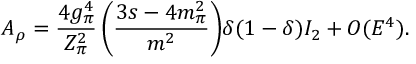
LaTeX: A _ { \rho } = \frac { 4 g _ { \pi } ^ { 4 } } { Z _ { \pi } ^ { 2 } } \left( \frac { 3 s - 4 m _ { \pi } ^ { 2 } } { m ^ { 2 } } \right) \! \delta ( 1 - \delta ) I _ { 2 } + { \cal O } ( E ^ { 4 } ) .